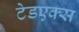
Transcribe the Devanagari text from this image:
टेडएक्स